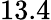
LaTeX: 13.4